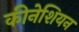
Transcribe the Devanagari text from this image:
कीनेशियन